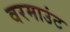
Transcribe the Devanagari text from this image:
वरमाउंट